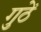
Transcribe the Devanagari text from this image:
गुठें